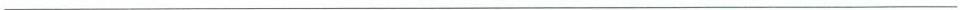
___